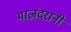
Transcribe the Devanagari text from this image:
माज़ंदरानी